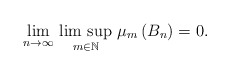
\begin{align*}\underset{n\rightarrow \infty }{\mathrm{lim}}\mathrm{\ }\underset{m\in\mathbb{N}}{\mathrm{lim~sup}}\ \mu _{m}\left( B_{n}\right) =0.\end{align*}